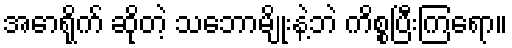
အောရိုက် ဆိုတဲ့ သဘောမျိုးနဲ့ဘဲ ကိစ္စပြီးကြရော။